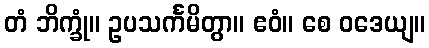
တံ ဘိက္ခုံ။ ဥပသင်္ကမိတွာ။ ဧဝံ။ စေ ဝဒေယျ။